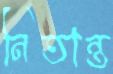
নিতান্ত